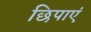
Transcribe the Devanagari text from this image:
छिपाएं